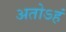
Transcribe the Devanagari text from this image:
अतोऽहं